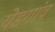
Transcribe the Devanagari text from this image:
येडगांव